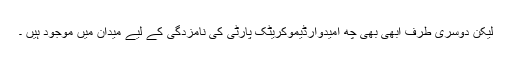
لیکن دوسری طرف ابھی بھی چھ امیدوارڈیموکریٹک پارٹی کی نامزدگی کے لیے میدان میں موجود ہیں ۔